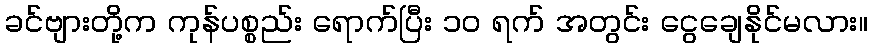
ခင်ဗျားတို့က ကုန်ပစ္စည်း ရောက်ပြီး ၁၀ ရက် အတွင်း ငွေချေနိုင်မလား။